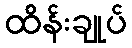
ထိန်းချုပ်